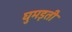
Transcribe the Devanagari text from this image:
घुमड़ती